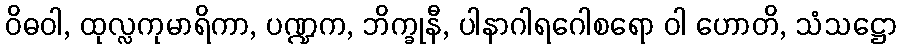
ဝိဓဝါ, ထုလ္လကုမာရိကာ, ပဏ္ဍက, ဘိက္ခုနီ, ပါနာဂါရဂေါစရော ဝါ ဟောတိ, သံသဋ္ဌော